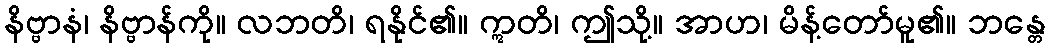
နိဗ္ဗာနံ၊ နိဗ္ဗာန်ကို။ လဘတိ၊ ရနိုင်၏။ ဣတိ၊ ဤသို့။ အာဟ၊ မိန့်တော်မူ၏။ ဘန္တေ